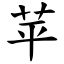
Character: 苹